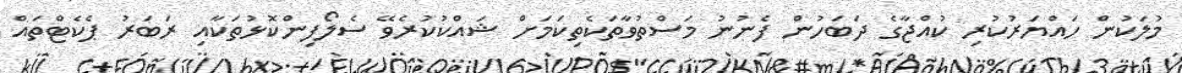
މުލަކުން ހައްޔަރުކުރި ކުއްޖާގެ ދަބަހުން ފެނުނު މަސްތުވާތަކެތިކަމަށް ޝައްކުކުރެވޭ ސެލޯފިންކޮޅުތަކާއި ރަބަރު ޕެކެޓްތައް